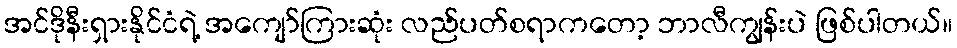
အင်ဒိုနီးရှားနိုင်ငံရဲ့ အကျော်ကြားဆုံး လည်ပတ်စရာကတော့ ဘာလီကျွန်းပဲ ဖြစ်ပါတယ်။